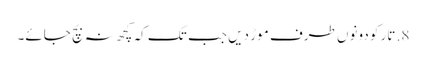
8. تار کو دونوں طرف موڑ دیں جب تک کہ کچھ نہ بچ جائے۔